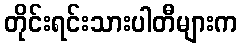
တိုင်းရင်းသားပါတီများက